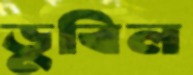
ডুবিল